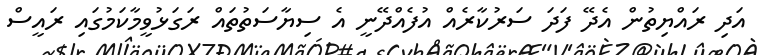
އަދި ރައްޔިތުން އެދޭ ފަދަ ސަރުކާރެއް އުފެއްދޭނީ އެ ސިޔާސަތުތައް ރަގަޅުވީމާކަމުގައި ރައީސް